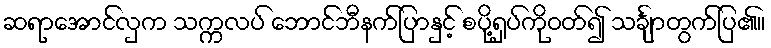
ဆရာအောင်လှက သက္ကလပ် ဘောင်ဘီနက်ပြာနှင့် စပို့ရှပ်ကိုဝတ်၍ သင်္ချာတွက်ပြ၏။